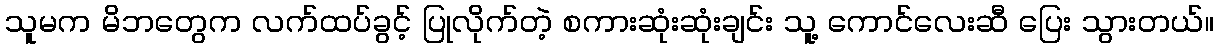
သူမက မိဘတွေက လက်ထပ်ခွင့် ပြုလိုက်တဲ့ စကားဆုံးဆုံးချင်း သူ့ ကောင်လေးဆီ ပြေး သွားတယ်။